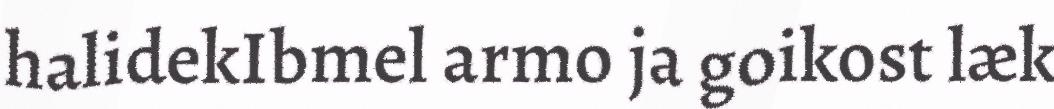
halidekIbmel armo ja goikost læk